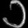
Digit: ၁